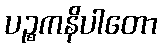
ပဉ္စကနိပါတော